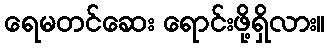
ရေမတင်ဆေး ရောင်းဖို့ရှိလား။